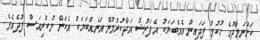
ކަށުނަމާދުގެ ޙުކުމް ފަދައިން އެއްބަޔަކު އެފަރުޟު އަދާކުރުމުން އަނެއްބަޔަކު އެކަން ނުކުރިއަސް ފުދެއެވެ.